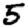
Digit: 5